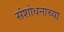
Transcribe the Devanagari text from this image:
संशोधनाच्‍या